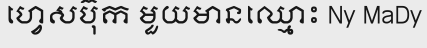
ហ្វេសប៊ុក មួយមានឈ្មោះ Ny MaDy